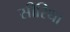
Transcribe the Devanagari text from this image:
सीरिथा